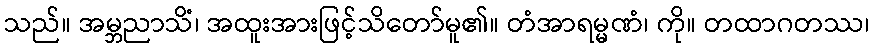
သည်။ အမ္ဘညာသိံ၊ အထူးအားဖြင့်သိတော်မူ၏။ တံအာရမ္မဏံ၊ ကို။ တထာဂတဿ၊